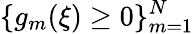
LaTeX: \{ g_{m}(\xi)\ge 0\} _{m=1}^{N}